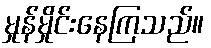
မှုန်မှိုင်းနေကြသည်။